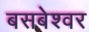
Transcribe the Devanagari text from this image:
बसबेश्वर